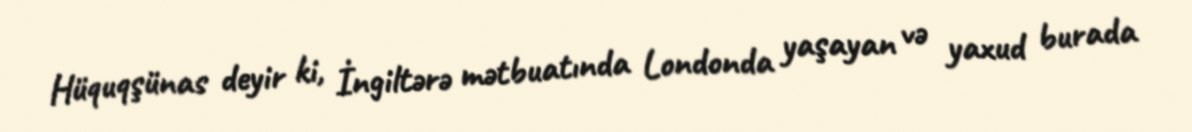
Hüquqşünas deyir ki, İngiltərə mətbuatında Londonda yaşayan və yaxud burada